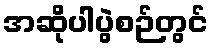
အဆိုပါပွဲစဉ်တွင်